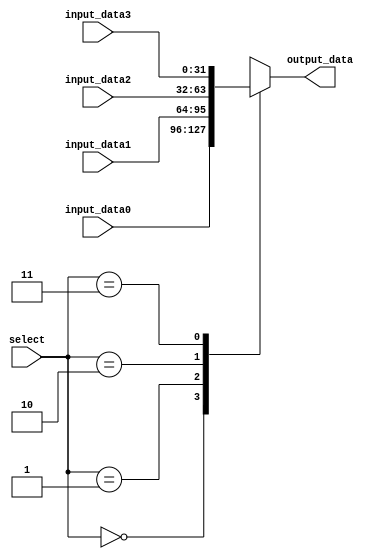
`timescale 1ns / 1ps

module mux_2bit(output_data, input_data0, input_data1, input_data2, input_data3, select);

parameter word_size = 32;

// inputs
input [1:0] select;
input [word_size-1:0] input_data0, input_data1, input_data2, input_data3;

// output
output reg [word_size-1:0] output_data;

// select teh input
always @(input_data0 or input_data1 or input_data2 or input_data3 or select) begin
	case (select)
		0: output_data <= input_data0;
		1: output_data <= input_data1;
		2: output_data <= input_data2;
		3: output_data <= input_data3;
		default: output_data <= 0;
	endcase
end
endmodule